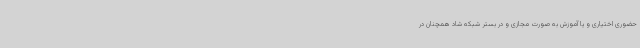
حضوری اختیاری و یا آموزش به صورت مجازی و در بستر شبکه شاد همچنان در